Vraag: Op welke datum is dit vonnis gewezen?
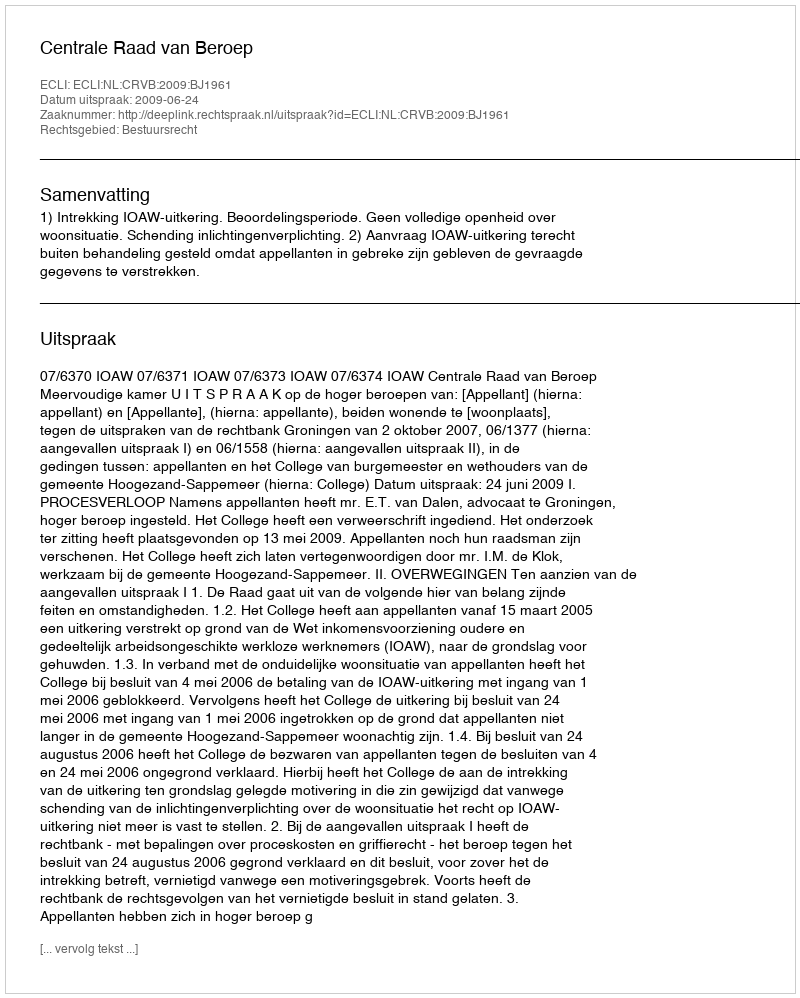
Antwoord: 2009-06-24